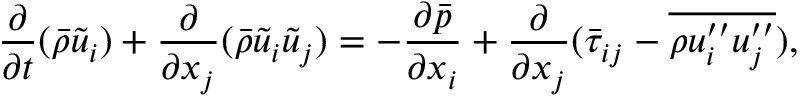
\frac { \partial } { \partial t } ( \Bar { \rho } \Tilde { u } _ { i } ) + \frac { \partial } { \partial x _ { j } } ( \Bar { \rho } \Tilde { u } _ { i } \Tilde { u } _ { j } ) = - \frac { \partial \Bar { p } } { \partial x _ { i } } + \frac { \partial } { \partial x _ { j } } ( \Bar { \tau } _ { i j } - \overline { { \rho u _ { i } ^ { \prime \prime } u _ { j } ^ { \prime \prime } } } ) ,